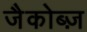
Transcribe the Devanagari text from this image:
जैकोब्ज़